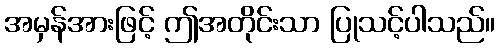
အမှန်အားဖြင့် ဤအတိုင်းသာ ပြုသင့်ပါသည်။